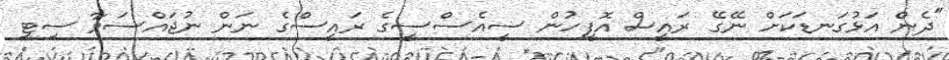
"ދެން އަޅުގަނޑަކަށް ނޭގޭ ރައީސް އޮފީހުން ސީއެސްސީގެ ރައީސްގެ ނަން ނުޖައްސަވާ ސިޓީ